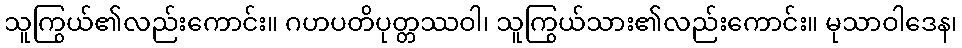
သူကြွယ်၏လည်းကောင်း။ ဂဟပတိပုတ္တဿဝါ၊ သူကြွယ်သား၏လည်းကောင်း။ မုသာဝါဒေန၊